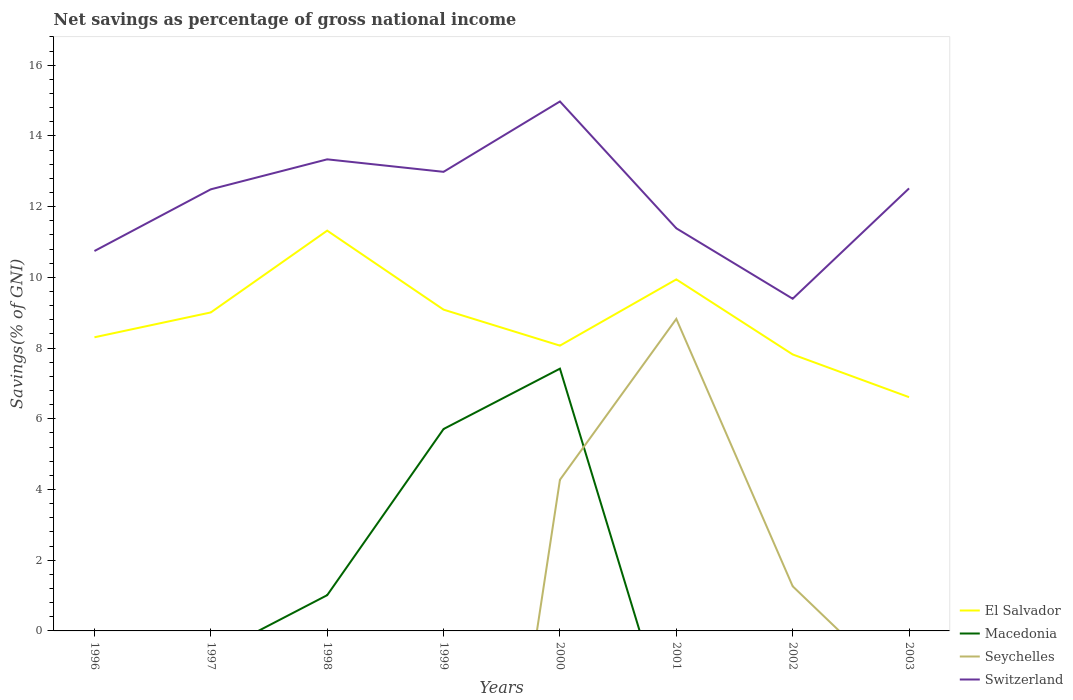
| Years | El Salvador | Macedonia | Seychelles | Switzerland |
 | --- | --- | --- | --- | --- |
 | 1996 | 8.3 | -1.03 | -19.7 | 10.7 |
 | 1997 | 9.01 | -0.696 | -20.3 | 12.5 |
 | 1998 | 11.3 | 1.01 | -21.7 | 13.3 |
 | 1999 | 9.09 | 5.71 | -17.3 | 13 |
 | 2000 | 8.07 | 7.42 | 4.27 | 15 |
 | 2001 | 9.94 | -3.41 | 8.82 | 11.4 |
 | 2002 | 7.82 | -3.3 | 1.26 | 9.39 |
 | 2003 | 6.61 | -1.68 | -1.89 | 12.5 |